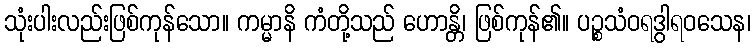
သုံးပါးလည်းဖြစ်ကုန်သော။ ကမ္မာနိ ကံတို့သည် ဟောန္တိ၊ ဖြစ်ကုန်၏။ ပဉ္စသံဝရဒွါရဝသေန၊